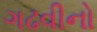
ગઢવીનો